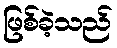
ဖြစ်ခဲ့သည်